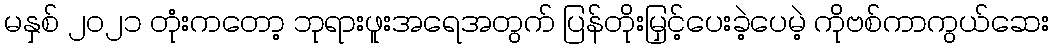
မနှစ် ၂၀၂၁ တုံးကတော့ ဘုရားဖူးအရေအတွက် ပြန်တိုးမြှင့်ပေးခဲ့ပေမဲ့ ကိုဗစ်ကာကွယ်ဆေး